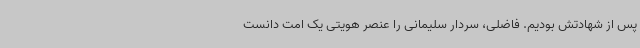
پس از شهادتش بودیم. فاضلی، سردار سلیمانی را عنصر هویتی یک امت دانست